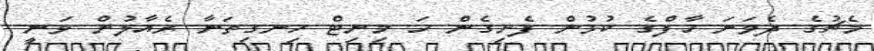
މެޗުގެ ދެވަނަ ހާފްގެ ކުޅުން ފެށިގެން ހަ މިނިޓް ހިނގިތަނާ ރެއާލުން ވަނީ